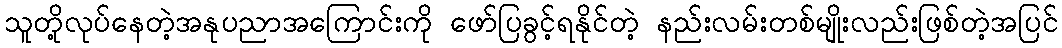
သူတို့လုပ်နေတဲ့အနုပညာအကြောင်းကို ဖော်ပြခွင့်ရနိုင်တဲ့ နည်းလမ်းတစ်မျိုးလည်းဖြစ်တဲ့အပြင်